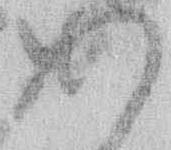
あ